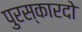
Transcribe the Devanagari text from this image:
पुरस्कारदो